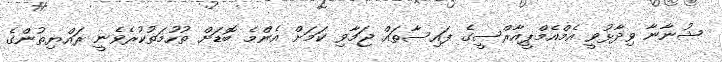
ޝުނާނާ ވިދާޅުވީ އެމްއެމްޕީއާރްސީގެ ފައިސާތައް ޖަމާވި ކަމަށް އެންމެ ބޮޑަށް ތުހުމަތުކުރެވެނީ ރައްޔިތުންގެ